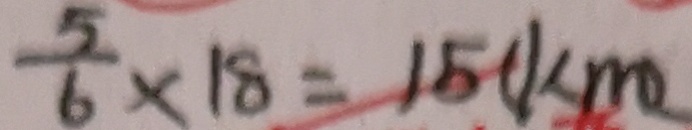
\frac { 5 } { 6 } \times 1 8 = 1 5 ( k m )